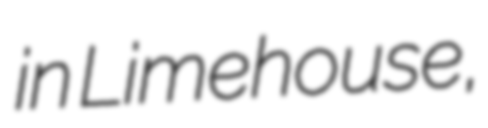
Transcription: in Limehouse,